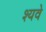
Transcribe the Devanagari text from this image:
श्यवे